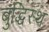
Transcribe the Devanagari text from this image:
बुद्धिस्थ